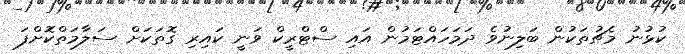
ކުޅުނު މެޗުތަކުން ބަލިނުވެ ދަމަހައްޓަމުން އައި ސްޓްރީކް ވަނީ ކައިރި ގޮތަކަށް ސަލާމަތްކޮށްފަ